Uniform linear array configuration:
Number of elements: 64
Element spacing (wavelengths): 0.25
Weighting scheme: kaiser
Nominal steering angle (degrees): -30
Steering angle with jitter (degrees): -31.851
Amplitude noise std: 0.05
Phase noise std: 0.05

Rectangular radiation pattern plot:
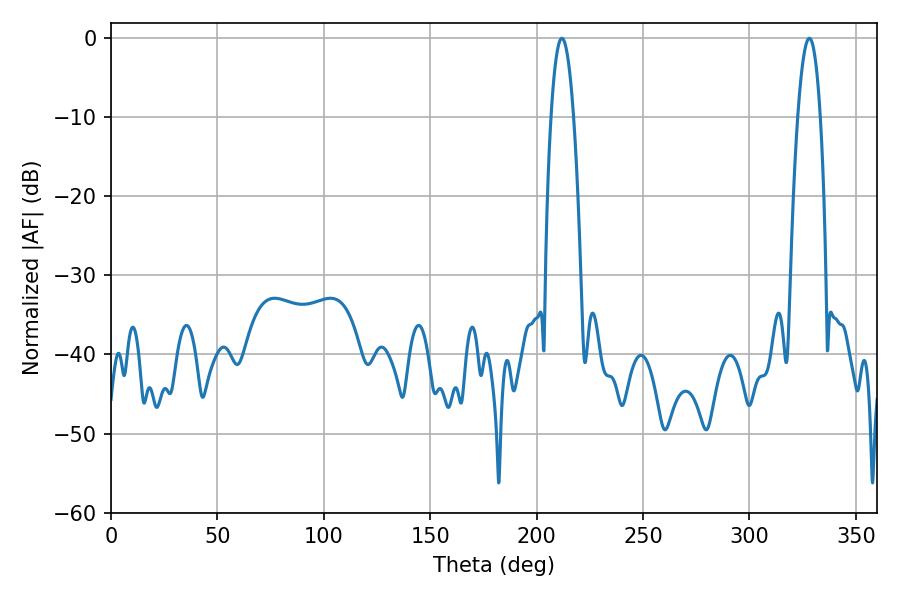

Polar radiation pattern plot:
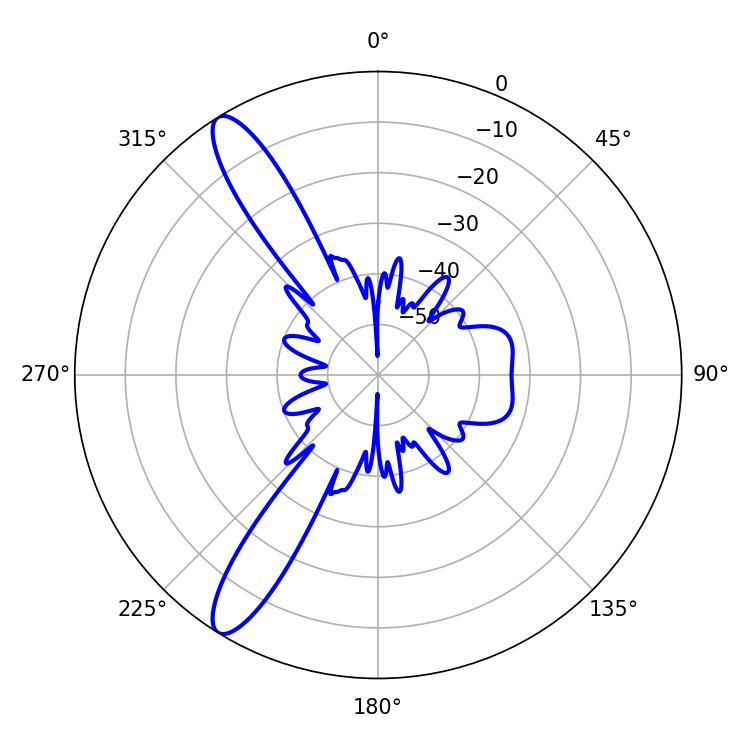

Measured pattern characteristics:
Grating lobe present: FALSE
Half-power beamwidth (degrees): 5.94
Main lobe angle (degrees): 211.86